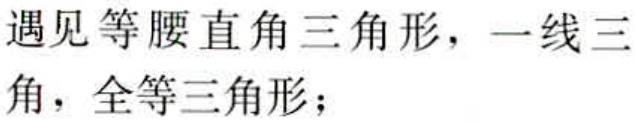
遇见等腰直角三角形，一线三角，全等三角形；